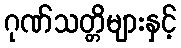
ဂုဏ်သတ္တိများနှင့်